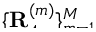
\smash { \{ \mathbf { R } _ { 4 } ^ { ( m ) } \} _ { m = 1 } ^ { M } }